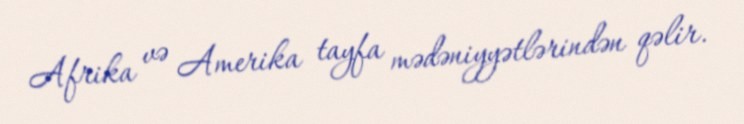
Afrika və Amerika tayfa mədəniyyətlərindən qəlir.